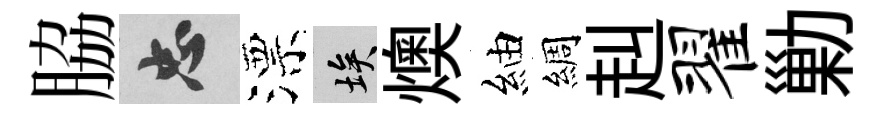
脇忠漂埃燠紬綢赳翟勦